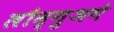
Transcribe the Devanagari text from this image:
लौन्गुअगे